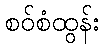
စဝ်စံထွန်း